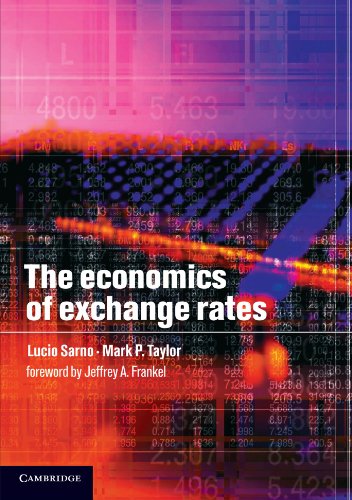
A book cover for The Economics of Exchange Rates; Lucio Sarno; Business & Money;